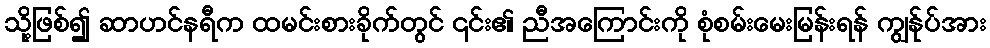
သို့ဖြစ်၍ ဆာဟင်နရီက ထမင်းစားခိုက်တွင် ၎င်း၏ ညီအကြောင်းကို စုံစမ်းမေးမြန်းရန် ကျွန်ုပ်အား